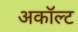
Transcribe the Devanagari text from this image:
अकॉल्ट